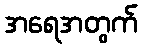
အရေအတွက်